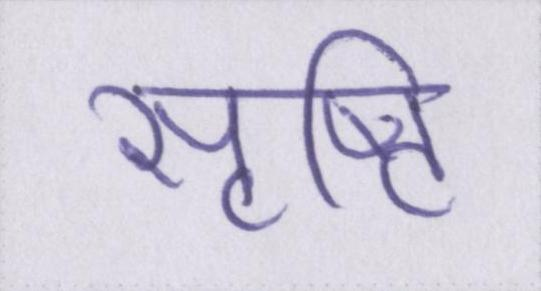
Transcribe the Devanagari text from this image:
सृष्टि